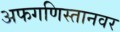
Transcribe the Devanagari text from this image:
अफगणिस्तानवर